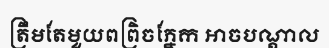
ត្រឹមតែមួយពព្រិចភ្នែក អាចបណ្តាល